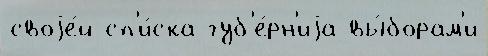
своjе́й сп'и́ска губ'е́рн'иjа вы́борам'и